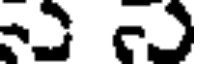
శ